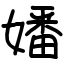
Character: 嬏